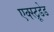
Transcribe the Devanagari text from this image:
एक्स्ट्रूडेड